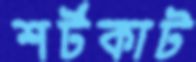
শর্টকাট